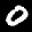
Label: 0